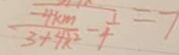
\frac { - 4 k m } { 3 + 4 k ^ { 2 } } - \frac { 1 } { 4 } = 7